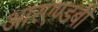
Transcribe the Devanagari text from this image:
आरएण्डबी